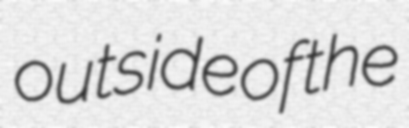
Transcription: outside of the